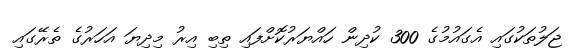
ޖަލުތަކުގައި އެގައުމުގެ 300 ކުދިން ހައްޔަރުކޮށްފައި ތިބި އިރު މިދިޔަ އަހަރުގެ ތެރޭގައި